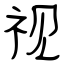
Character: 视